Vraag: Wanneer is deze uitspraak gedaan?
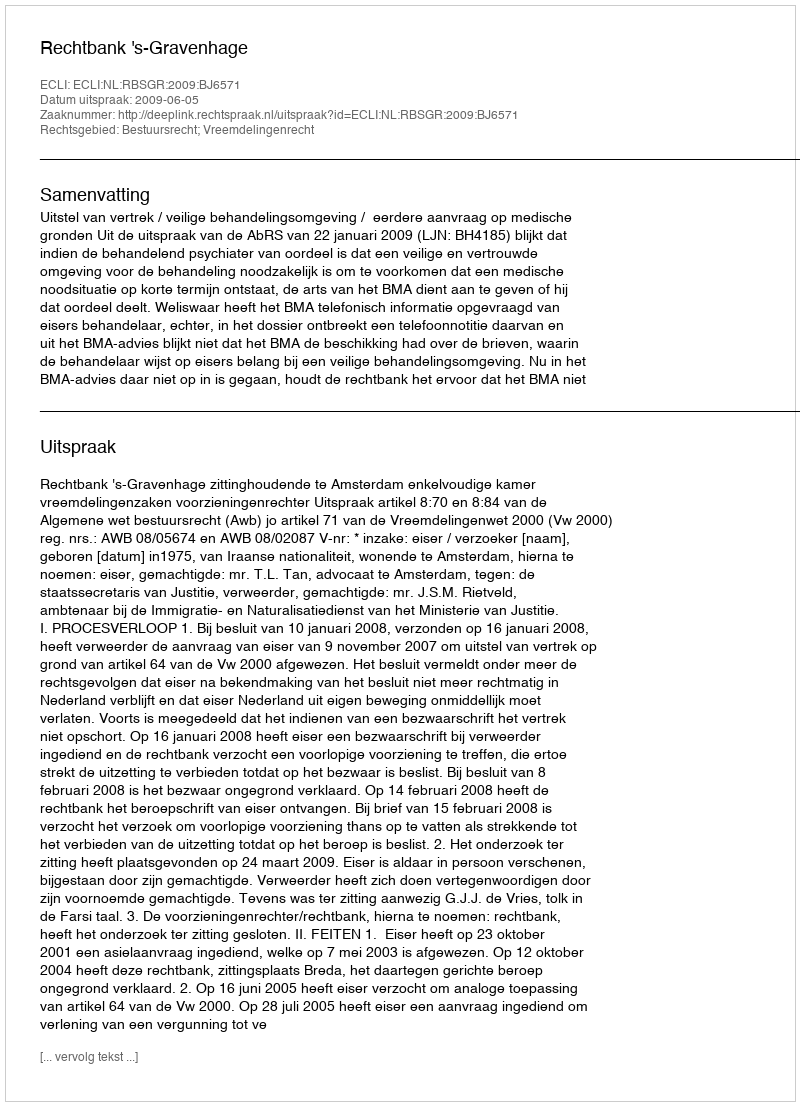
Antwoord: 2009-06-05